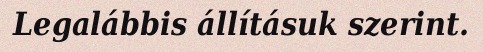
Legalábbis állításuk szerint.